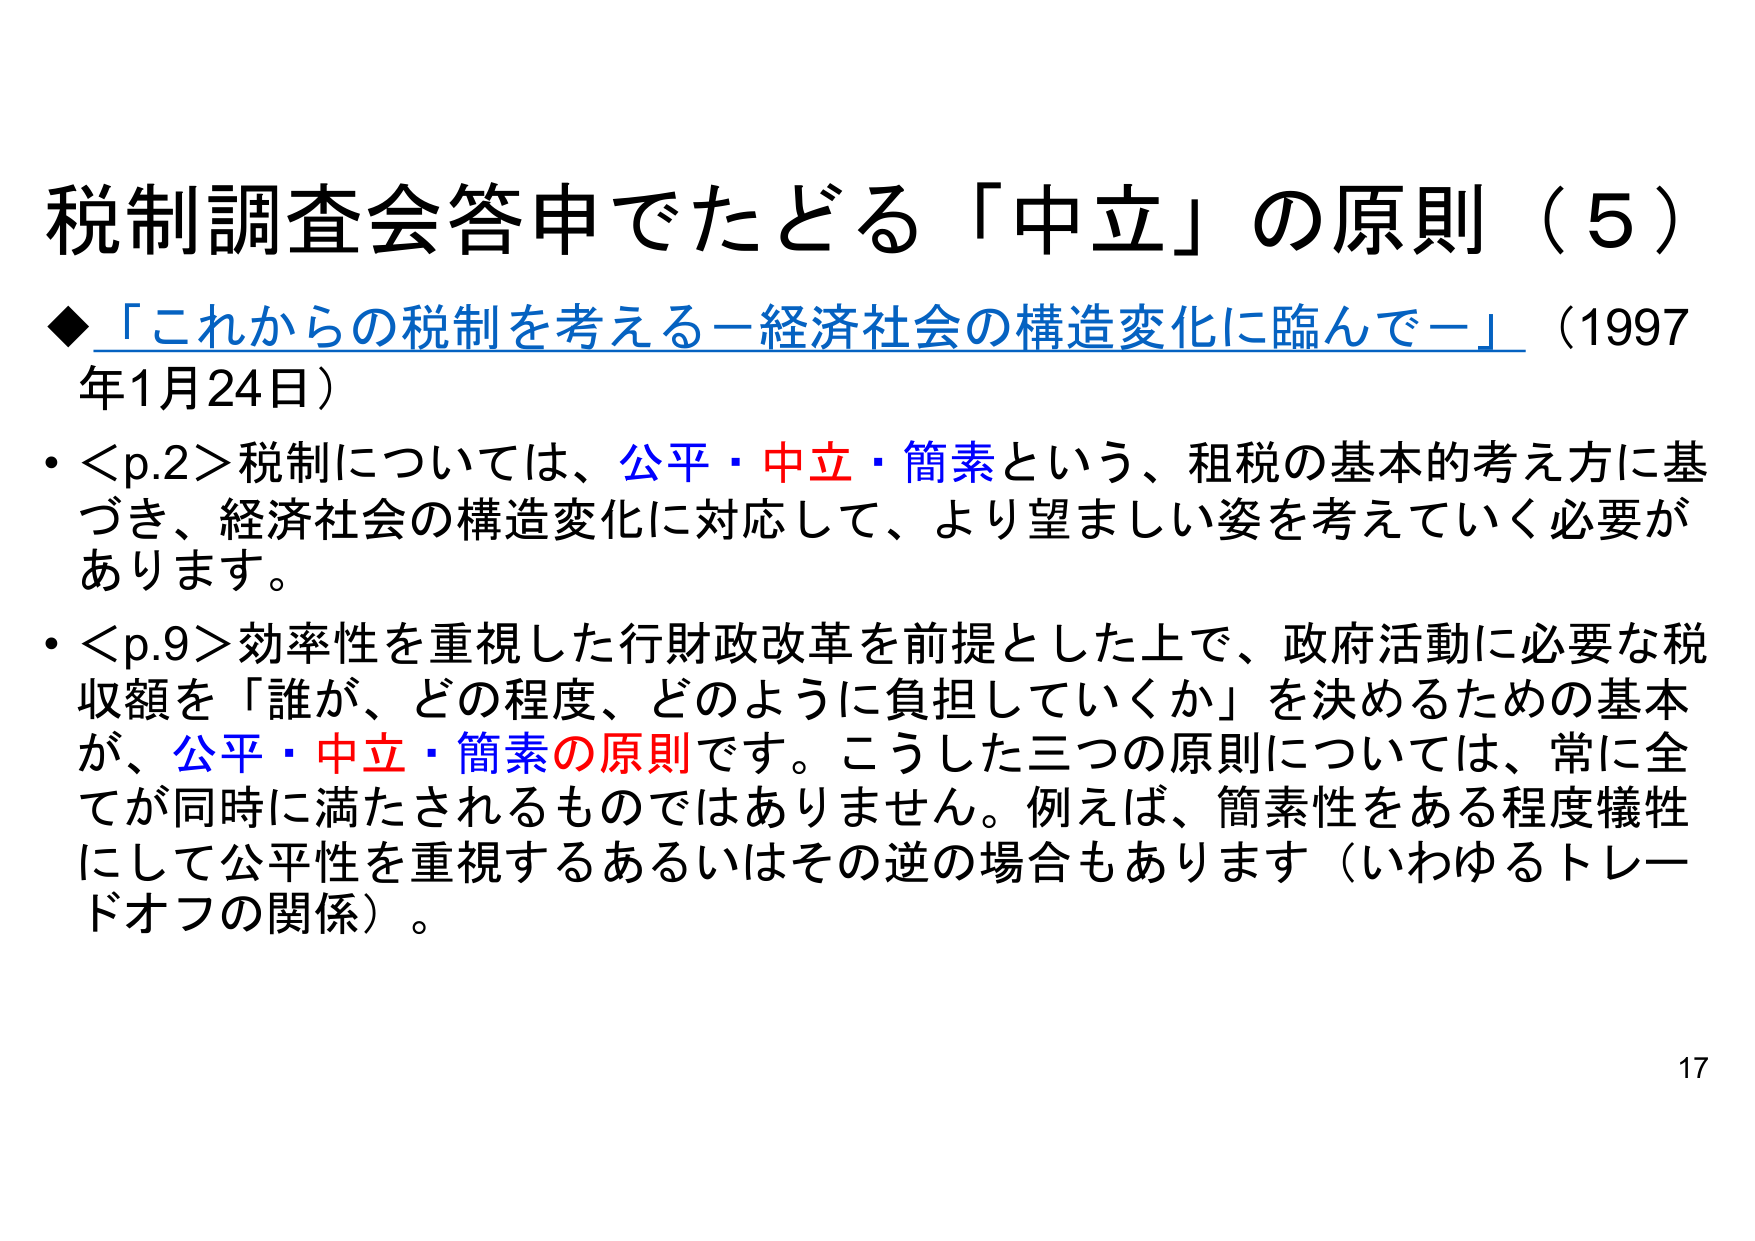
税制調査会答申でたどる「中立」の原則（5）

◆「これからの税制を考える－経済社会の構造変化に臨んで－」（1997年1月24日）

• <p.2>税制については、公平・中立・簡素という、租税の基本的考え方に基づき、経済社会の構造変化に対応して、より望ましい姿を考えていく必要があります。

• <p.9>効率性を重視した行財政改革を前提とした上で、政府活動に必要な税収額を「誰が、どの程度、どのように負担していくか」を決めるための基本が、公平・中立・簡素の原則です。こうした三つの原則については、常に全てが同時に満たされるものではありません。例えば、簡素性をある程度犠牲にして公平性を重視するあるいはその逆の場合もあります（いわゆるトレードオフの関係）。

17